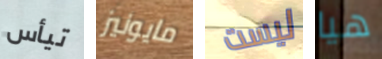
تيأس مايونيز ليست هيا